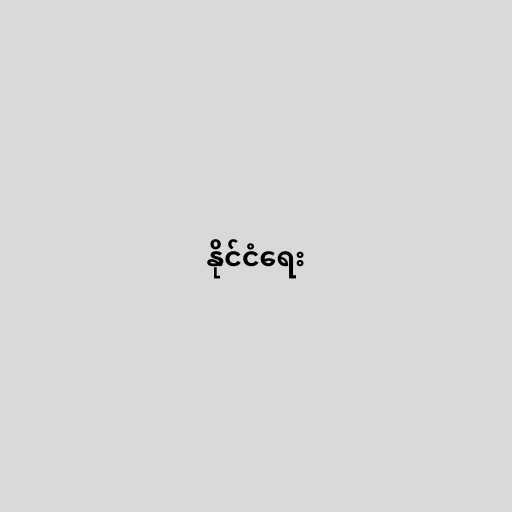
နိုင်ငံရေး